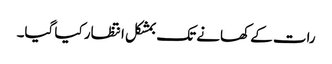
رات کے کھانے تک بمشکل انتظار کیا گیا۔